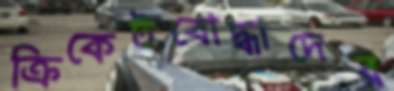
ক্রিকেটবোদ্ধাদের